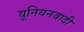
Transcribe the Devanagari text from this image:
यूनियनवादी